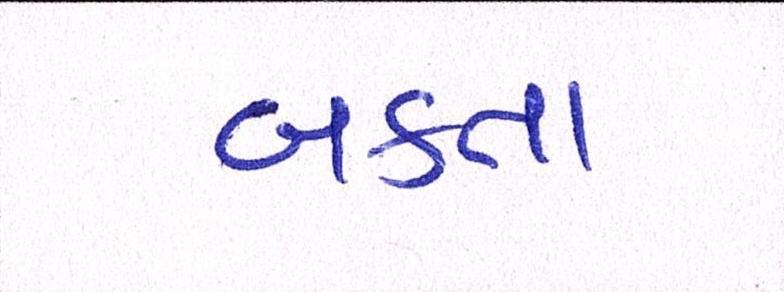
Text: બક્તા